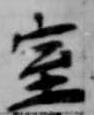
室